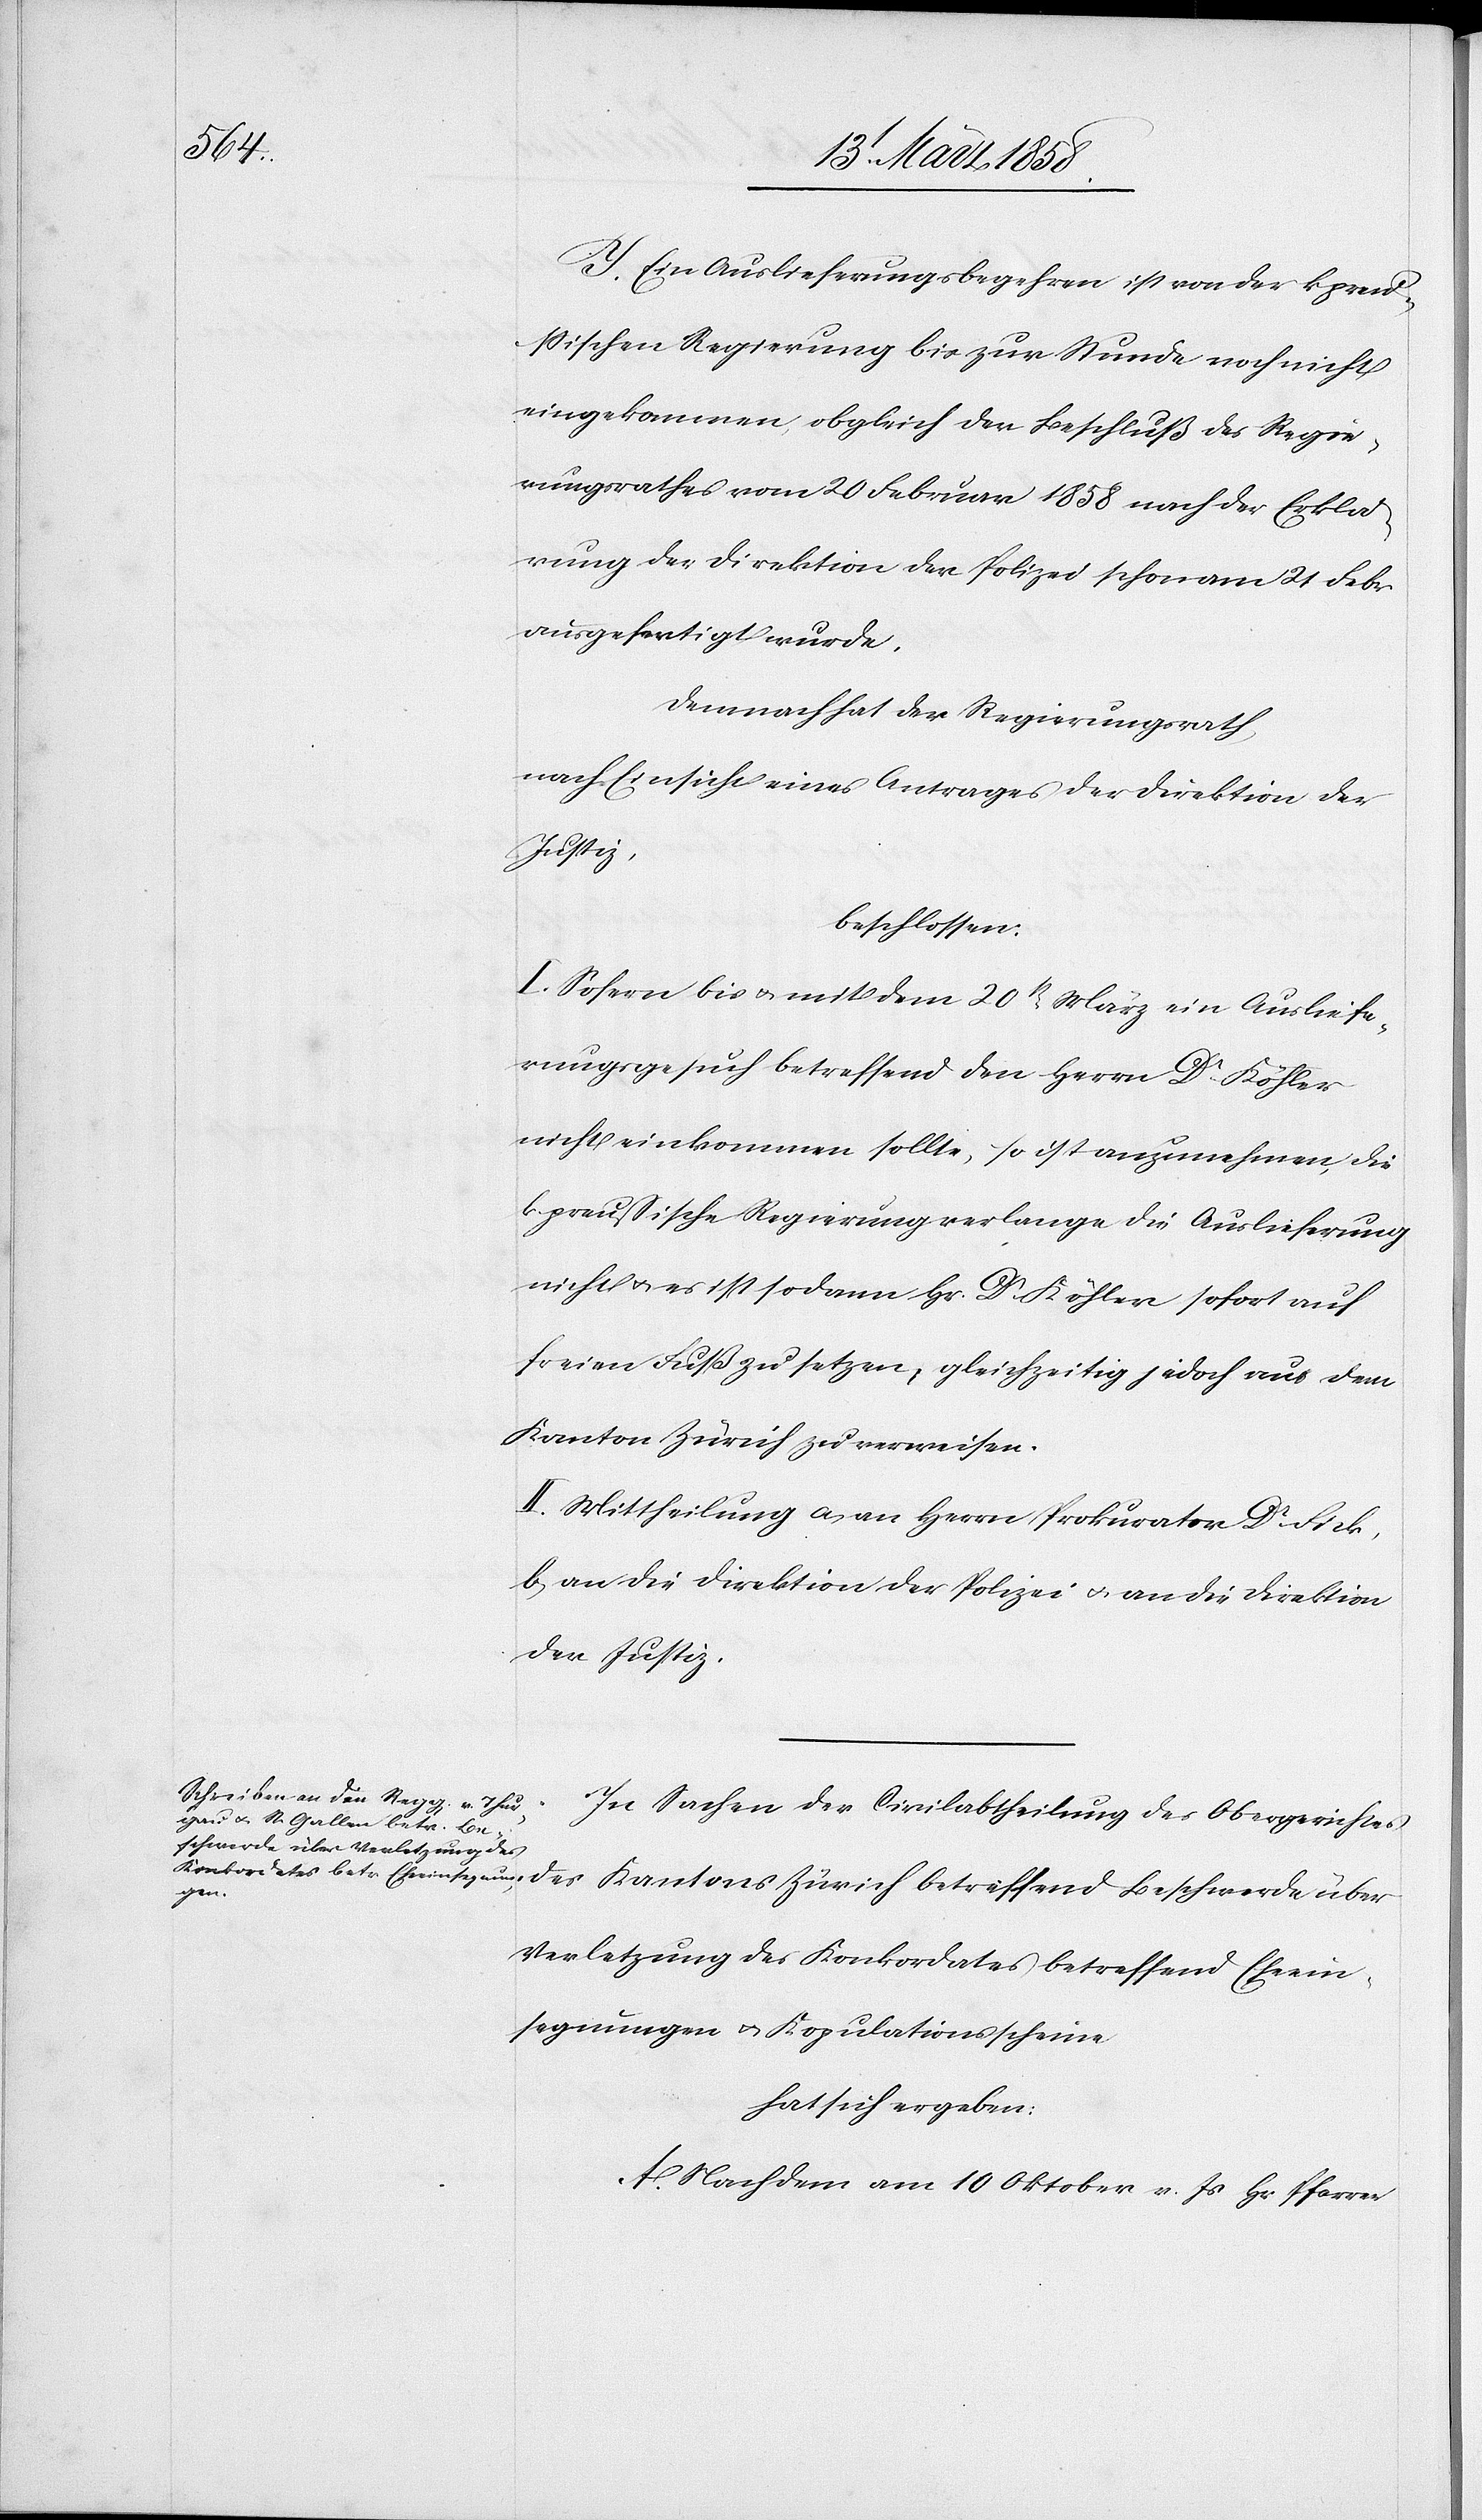
J. Ein Auslieferungsbegehren ist von der k. preu¬
ßischen Regierung bis zur Stunde noch nicht
eingekommen, obgleich der Beschluß des Regie¬
rungsrathes vom 20. Februar 1858 nach der Erklä¬
rung der Direktion der Polizei schon am 21. Febr.
ausgefertigt wurde.
Demnach hat der Regierungsrath,
nach Einsicht eines Antrages der Direktion der
Zürich
beschlossen:
I. Sofern bis u. mit dem 20t[en] März ein Ausliefe¬
rungsgesuch betreffend den Herrn Dr Köhler
nicht einkommen sollte, so ist anzunehmen, die
k. preußische Regierung verlange die Auslieferung
nicht u. es ist sodann Hr. Dr Köhler sofort auf
freien Fuß zu setzen, gleichzeitig jedoch aus dem
Kanton Zürich zu verweisen.
II. Mittheilung a) an Herrn Prokurator Dr Fick,
b) an die Direktion der Polizei u. an die Direktion
der Justiz.
In Sachen der Civilabtheilung des Obergerichtes
über
Verletzung des Konkordates betreffend Eheein¬
segnungen u. Kopulationsscheine
hat sich ergeben:
A. Nachdem am 10. Oktober v. Js. Hr. Pfarrer